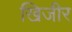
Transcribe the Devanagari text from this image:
खिजीर